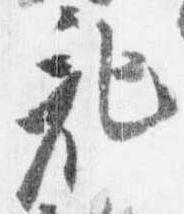
記